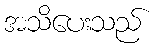
အသိပေးသည်